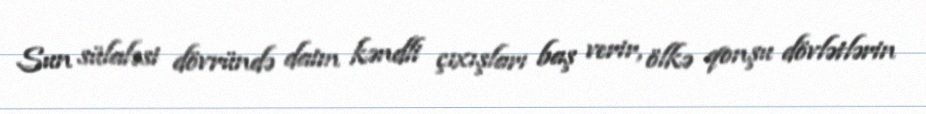
Sun sülaləsi dövründə daim kəndli çıxışları baş verir, ölkə qonşu dövlətlərin